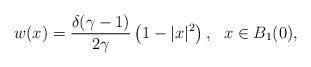
LaTeX: \begin{align*}w(x) = \frac{\delta (\gamma-1)}{2\gamma}\left(1 - |x|^2\right), \ \ x\in B_1(0),\end{align*}